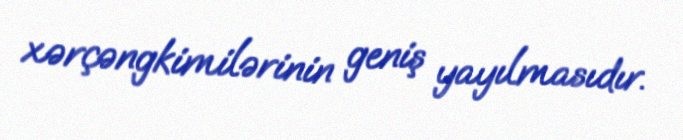
xərçəngkimilərinin geniş yayılmasıdır.